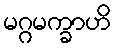
မဂ္ဂမက္ခာဟိ